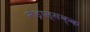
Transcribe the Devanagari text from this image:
मेड्रास्सक्क